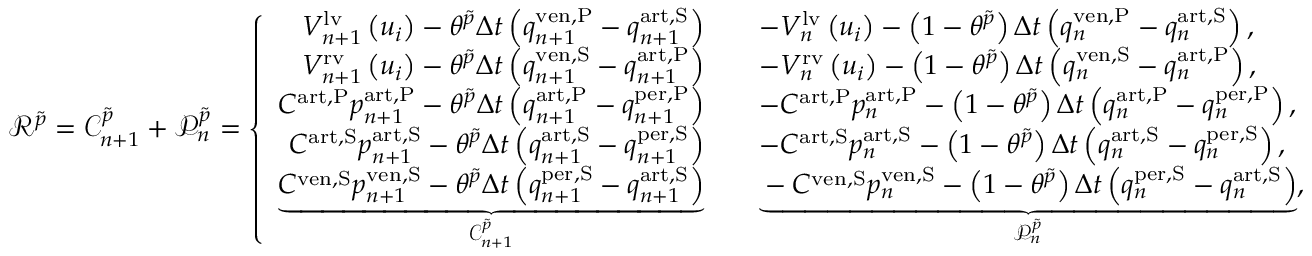
\begin{array} { r } { \mathscr { R } ^ { \tilde { p } } = \mathscr { C } _ { n + 1 } ^ { \tilde { p } } + \mathscr { P } _ { n } ^ { \tilde { p } } = \left\{ \begin{array} { r l } { V _ { n + 1 } ^ { \mathrm { l v } } \left( u _ { i } \right) - \theta ^ { \tilde { p } } \Delta t \left( q _ { n + 1 } ^ { \mathrm { { v e n , P } } } - q _ { n + 1 } ^ { \mathrm { a r t , S } } \right) \quad } & { - V _ { n } ^ { \mathrm { l v } } \left( u _ { i } \right) - \left( 1 - \theta ^ { \tilde { p } } \right) \Delta t \left( q _ { n } ^ { \mathrm { { v e n , P } } } - q _ { n } ^ { \mathrm { a r t , S } } \right) , } \\ { V _ { n + 1 } ^ { \mathrm { r v } } \left( u _ { i } \right) - \theta ^ { \tilde { p } } \Delta t \left( q _ { n + 1 } ^ { \mathrm { { v e n , S } } } - q _ { n + 1 } ^ { \mathrm { a r t , P } } \right) \quad } & { - V _ { n } ^ { \mathrm { r v } } \left( u _ { i } \right) - \left( 1 - \theta ^ { \tilde { p } } \right) \Delta t \left( q _ { n } ^ { \mathrm { { v e n , S } } } - q _ { n } ^ { \mathrm { a r t , P } } \right) , } \\ { C ^ { \mathrm { a r t , P } } p _ { n + 1 } ^ { \mathrm { a r t , P } } - \theta ^ { \tilde { p } } \Delta t \left( q _ { n + 1 } ^ { \mathrm { { a r t , P } } } - q _ { n + 1 } ^ { \mathrm { p e r , P } } \right) \quad } & { - C ^ { \mathrm { a r t , P } } p _ { n } ^ { \mathrm { a r t , P } } - \left( 1 - \theta ^ { \tilde { p } } \right) \Delta t \left( q _ { n } ^ { \mathrm { { a r t , P } } } - q _ { n } ^ { \mathrm { p e r , P } } \right) , } \\ { C ^ { \mathrm { a r t , S } } p _ { n + 1 } ^ { \mathrm { a r t , S } } - \theta ^ { \tilde { p } } \Delta t \left( q _ { n + 1 } ^ { \mathrm { { a r t , S } } } - q _ { n + 1 } ^ { \mathrm { p e r , S } } \right) \quad } & { - C ^ { \mathrm { a r t , S } } p _ { n } ^ { \mathrm { a r t , S } } - \left( 1 - \theta ^ { \tilde { p } } \right) \Delta t \left( q _ { n } ^ { \mathrm { { a r t , S } } } - q _ { n } ^ { \mathrm { p e r , S } } \right) , } \\ { \underbrace { C ^ { \mathrm { v e n , S } } p _ { n + 1 } ^ { \mathrm { v e n , S } } - \theta ^ { \tilde { p } } \Delta t \left( q _ { n + 1 } ^ { \mathrm { { p e r , S } } } - q _ { n + 1 } ^ { \mathrm { a r t , S } } \right) } _ { \mathscr { C } _ { n + 1 } ^ { \tilde { p } } } \quad } & { \underbrace { - C ^ { \mathrm { v e n , S } } p _ { n } ^ { \mathrm { v e n , S } } - \left( 1 - \theta ^ { \tilde { p } } \right) \Delta t \left( q _ { n } ^ { \mathrm { { p e r , S } } } - q _ { n } ^ { \mathrm { a r t , S } } \right) } _ { \mathscr { P } _ { n } ^ { \tilde { p } } } , } \end{array} \right. } \end{array}